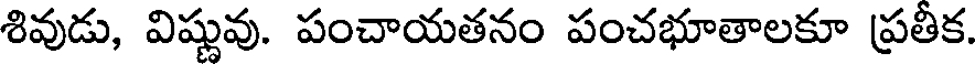
శివుడు, విష్ణువు. పంచాయతనం పంచభూతాలకూ ప్రతీక.